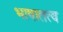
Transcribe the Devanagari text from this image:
भाषातत्व